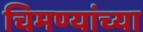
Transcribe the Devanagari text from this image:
चिमण्यांच्या